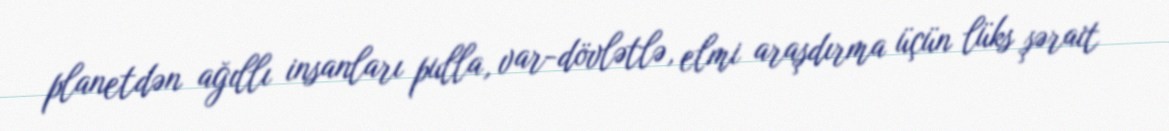
planetdən ağıllı insanları pulla, var-dövlətlə, elmi araşdırma üçün lüks şərait